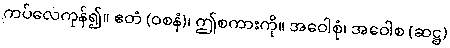
ကပ်လေကုန်၍။ ဧတံ (ဝစနံ)၊ ဤစကားကို။ အဝေါစုံ၊ အဝေါစ (ဆဋ္ဌ)